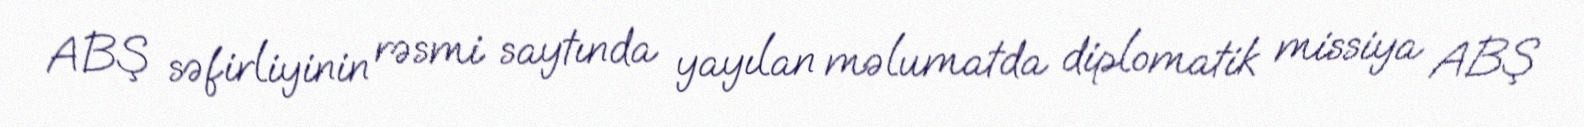
ABŞ səfirliyinin rəsmi saytında yayılan məlumatda diplomatik missiya ABŞ